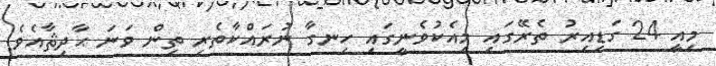
މިއީ 24 ގަޑިއިރު ތެރޭގައި މިއެކުވެނީގައި ހިނގާ ނުރައްކާތެރި ތިން ވަނަ ޙާދިޘާއެވެ.